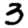
Digit: 3